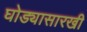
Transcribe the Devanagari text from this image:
घोड्यासारखी